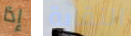
إذا النقابة